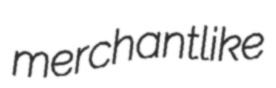
merchantlike